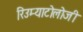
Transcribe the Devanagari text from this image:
रिउम्याटोलोजी